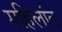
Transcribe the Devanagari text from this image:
महिलांत